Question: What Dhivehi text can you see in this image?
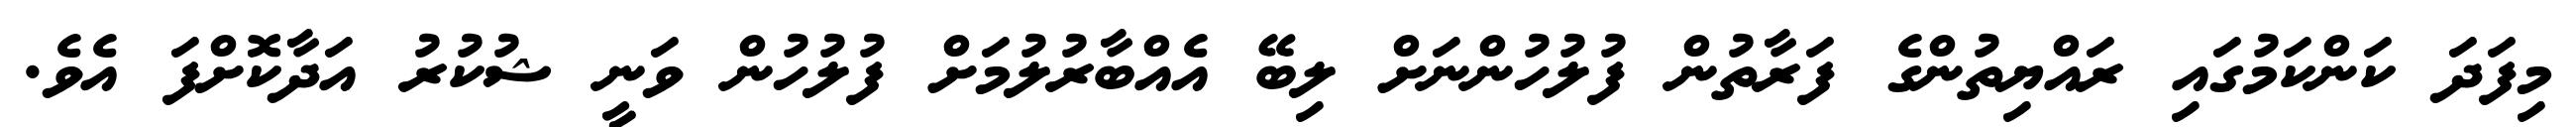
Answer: މިފަދަ ކަންކަމުގައި ރައްޔިތުންގެ ފަރާތުން ފުލުހުންނަށް ލިބޭ އެއްބާރުލުމަށް ފުލުހުން ވަނީ ޝުކުރު އަދާކޮށްފަ އެވެ.